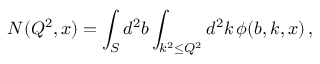
N ( Q ^ { 2 } , x ) = \int _ { S } d ^ { 2 } b \int _ { k ^ { 2 } \le Q ^ { 2 } } d ^ { 2 } k \, \phi ( b , k , x ) \, ,